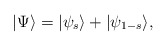
\begin{align*}\vert\Psi\rangle = \vert\psi_s\rangle + \vert\psi_{1-s}\rangle,\end{align*}